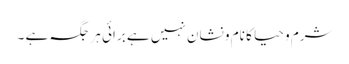
شرم و حیا کا نام و نشان نہیں ہے برائی ہر جگہ ہے ۔